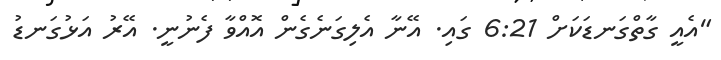
"އެއީ ގާތްގަނޑަކަށް 6:21 ގައި. އޭނާ އެލިގަނެގެން އޮއްވާ ފެނުނީ. އޭރު އަޅުގަނޑު